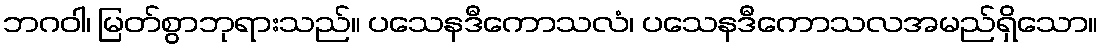
ဘဂဝါ၊ မြတ်စွာဘုရားသည်။ ပသေနဒီကောသလံ၊ ပသေနဒီကောသလအမည်ရှိသော။